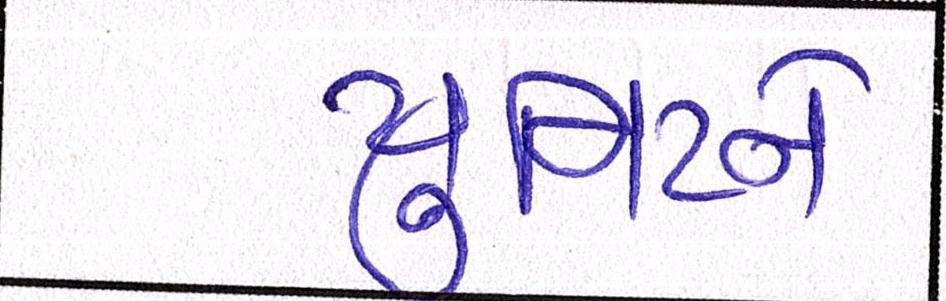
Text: યુનિટને